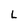
Character: L